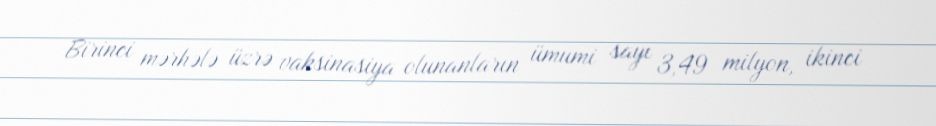
Birinci mərhələ üzrə vaksinasiya olunanların ümumi sayı 3,49 milyon, ikinci